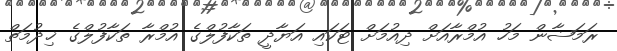
ރަމަޟާން މަހު އުމްރާއަށް ދިއުމަށް ޓަކައި އަޔާދީ ތަކާފުލްގެ އުމްރާ ތަކާފުލްގެ ޚިދުމަތް